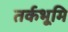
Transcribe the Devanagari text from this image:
तर्कभूमि